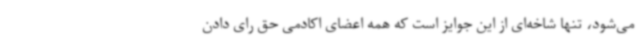
می‌شود، تنها شاخه‌ای از این جوایز است که همه اعضای اکادمی حق رای دادن